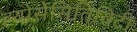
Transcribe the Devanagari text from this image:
ह्य्पेर्सेंसितिविटी